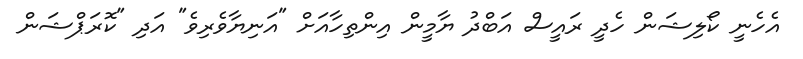
އެހެނީ ކޯލިޝަން ހެދީ ރައީސް އަބްދު ޔާމީން އިންތިހާއަށް "އަނިޔާވެރިވެ" އަދި "ކޮރަޕްޝަން